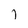
Character: j